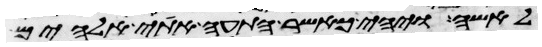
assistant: לאשה ויהי כאשר התעה אתי אלהים